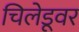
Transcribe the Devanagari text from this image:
चिलेडूवर